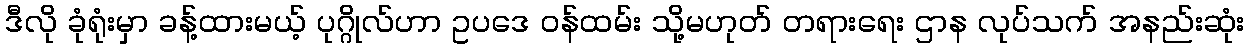
ဒီလို ခုံရုံးမှာ ခန့်ထားမယ့် ပုဂ္ဂိုလ်ဟာ ဥပဒေ ဝန်ထမ်း သို့မဟုတ် တရားရေး ဌာန လုပ်သက် အနည်းဆုံး